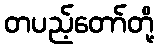
တပည့်တော်တို့